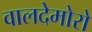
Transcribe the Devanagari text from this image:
वालदेमोरो